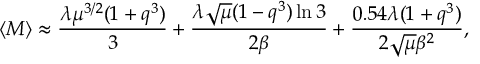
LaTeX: \langle M \rangle \approx \frac { \lambda \mu ^ { 3 / 2 } ( 1 + q ^ { 3 } ) } { 3 } + \frac { \lambda \sqrt { \mu } ( 1 - q ^ { 3 } ) \ln 3 } { 2 \beta } + \frac { 0 . 5 4 \lambda ( 1 + q ^ { 3 } ) } { 2 \sqrt { \mu } \beta ^ { 2 } } ,